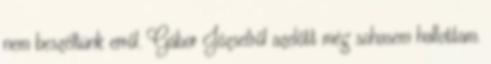
nem beszéltünk erről. Gábor Józsefről azelőtt még sohasem hallottam.